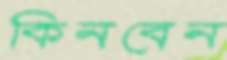
কিনবেন